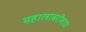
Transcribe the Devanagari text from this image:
महालाबरोबरच